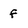
Character: f